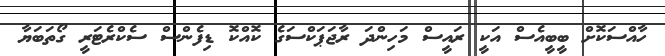
ހާއްސަކޮށް ބީބީއެސް އަކީ ރައީސް މަހިންދަ ރާޖަޕަކްސަގެ ކޮއްކޮ ޑިފެންސް ސެކްރެޓަރީ ގޯތަބަޔާ